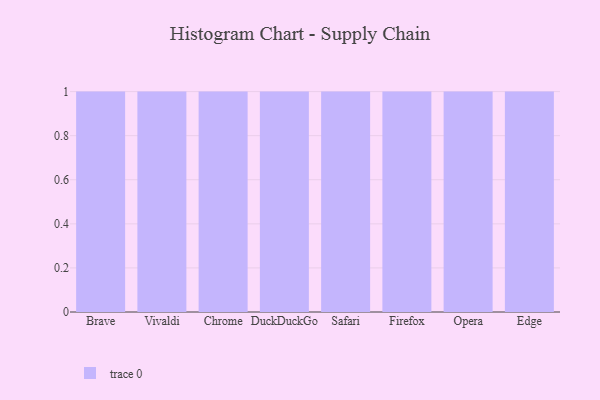
{"axis": {"x": "Browser", "y": "Active Users"}, "legend": [""], "data": [{"x": "Brave", "y": 40, "type": ""}, {"x": "Vivaldi", "y": 23, "type": ""}, {"x": "Chrome", "y": 70, "type": ""}, {"x": "DuckDuckGo", "y": 60, "type": ""}, {"x": "Safari", "y": 87, "type": ""}, {"x": "Firefox", "y": 49, "type": ""}, {"x": "Opera", "y": 56, "type": ""}, {"x": "Edge", "y": 75, "type": ""}]}